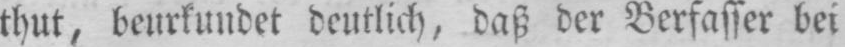
thut, beurkundet deutlich, daß der Verfasser bei